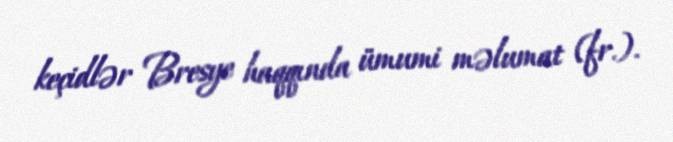
keçidlər Bresye haqqında ümumi məlumat (fr.).